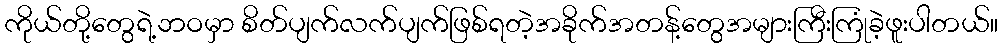
ကိုယ်တို့တွေရဲ့ဘဝမှာ စိတ်ပျက်လက်ပျက်ဖြစ်ရတဲ့အခိုက်အတန့်တွေအများကြီးကြုံခဲ့ဖူးပါတယ်။